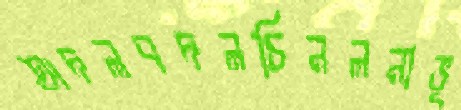
অদলবদলচিনলনাভূ